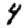
Digit: 4